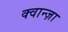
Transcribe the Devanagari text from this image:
क्वान्ज़ा